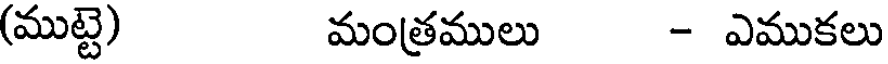
(ముట్టె) మంత్రములు - ఎముకలు